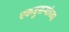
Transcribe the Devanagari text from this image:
एकदुसऱ्यांच्या